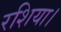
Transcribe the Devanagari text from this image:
रशिया।